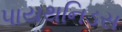
પાયથનિડસ